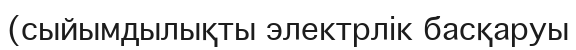
(сыйымдылықты электрлік басқаруы